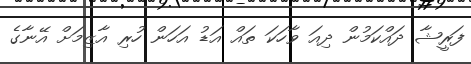
ފަރީޝާ ދައްކަމުން ދިއަ ވާހަކަ ތައް އަޑު އަހަން ހުރި އާޒިމަށް އޭނާގެ